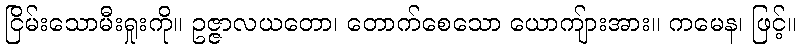
ငြိမ်းသောမီးရှုးကို။ ဥဇ္ဇာလယတော၊ တောက်စေသော ယောကျ်ားအား။ ကမေန၊ ဖြင့်။